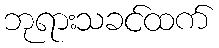
ဘုရားသခင်ထက်